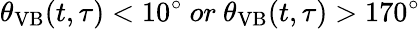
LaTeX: \theta_{\mathrm{VB}}(t,\tau)<10^{\circ}\ or\ \theta_{\mathrm{VB}}(t,\tau)>170^{\circ}